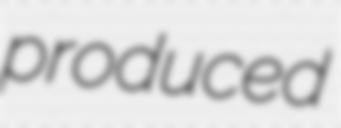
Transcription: produced